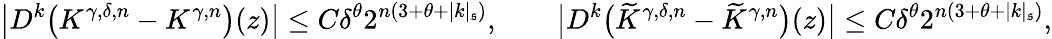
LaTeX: \bigl|D^{k}\bigl(K^{\gamma,\delta,n}-K^{\gamma,n}\bigr)(z)\bigr|\leq C\delta^{\theta}2^{n(3+\theta+|k|_{\mathfrak{s}})},\qquad\bigl|D^{k}\bigl(\widetilde{K}^{\gamma,\delta,n}-\widetilde{K}^{\gamma,n}\bigr)(z)\bigr|\leq C\delta^{\theta}2^{n(3+\theta+|k|_{\mathfrak{s}})},